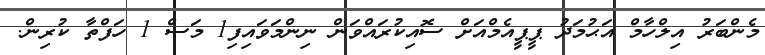
މެންބަރު އިލްހާމް އަޙުމަދު ޕީޕީއެމްއަށް ސޮއިކުރައްވަން ނިންމަވައިފި1 މަސް 1 ހަފްތާ ކުރިން.